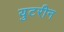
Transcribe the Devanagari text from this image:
युटरीन